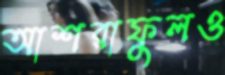
আশরাফুলও